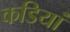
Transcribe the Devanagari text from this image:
कडियां